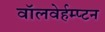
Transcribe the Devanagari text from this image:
वॉलवेर्हम्प्टन